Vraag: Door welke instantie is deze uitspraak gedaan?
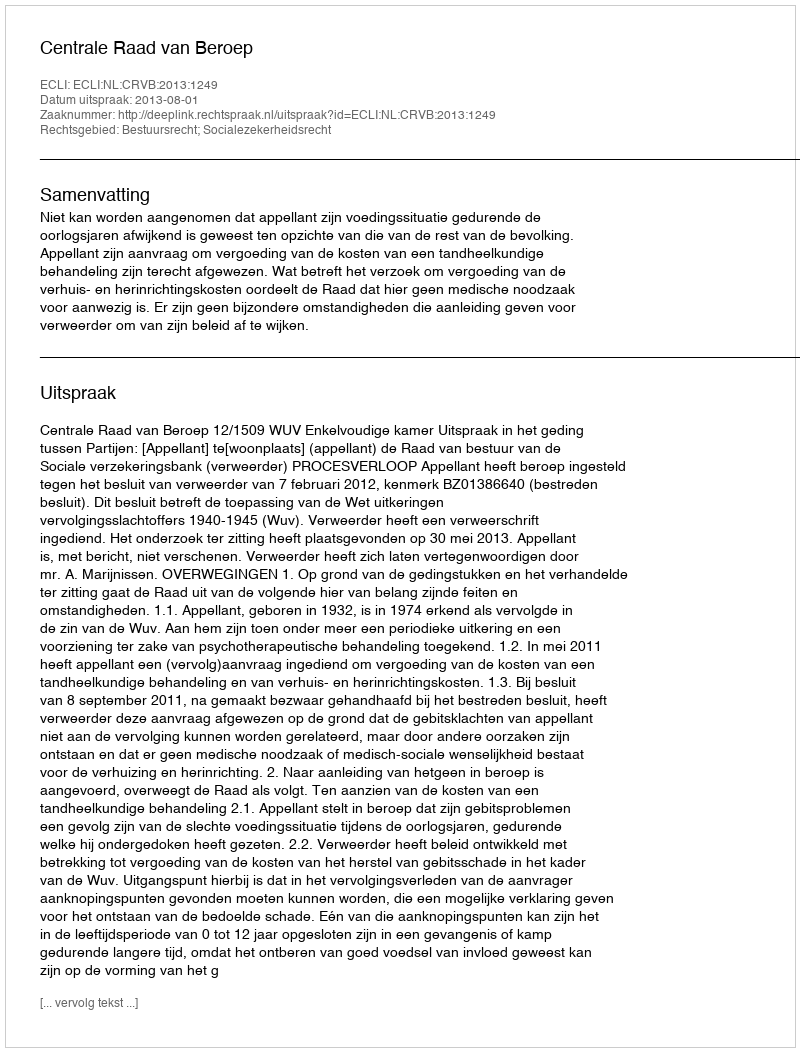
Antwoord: Centrale Raad van Beroep